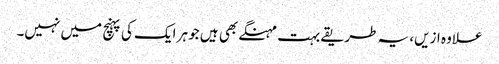
علاوہ ازیں، یہ طریقے بہت مہنگے بھی ہیں جو ہر ایک کی پہنچ میں نہیں۔